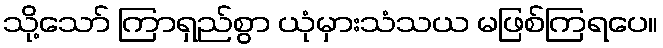
သို့သော် ကြာရှည်စွာ ယုံမှားသံသယ မဖြစ်ကြရပေ။